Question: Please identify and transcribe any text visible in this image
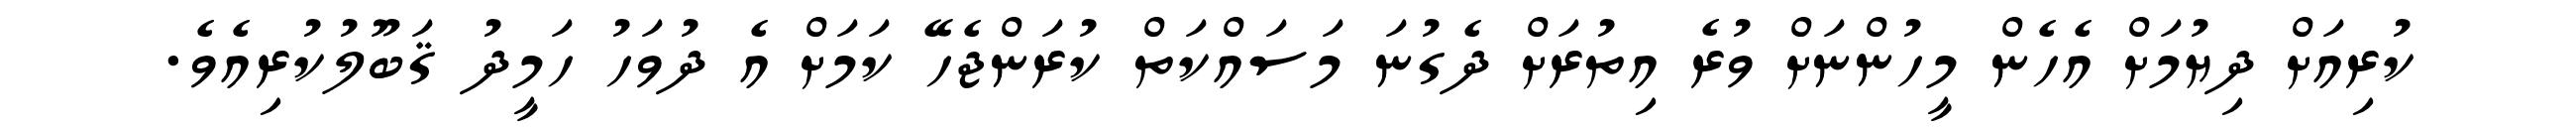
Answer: ކުރިއަށް ދިޔުމަށް އެހެން މީހުންނަށް ވުރެ އިތުރަށް ދެގުނަ މަސައްކަތް ކުރަންޖެހޭ ކަމަށް އެ ދުވަހު ހަމީދު ޤަބޫލުކުރިއެވެ.